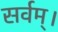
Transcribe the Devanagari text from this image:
सर्वम्।